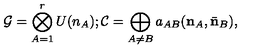
{ \cal G } = \bigotimes _ { A = 1 } ^ { r } U ( n _ { A } ) ; { \cal C } = \bigoplus _ { A \neq B } a _ { A B } ( { \bf n } _ { A } , \bar { \bf n } _ { B } ) ,